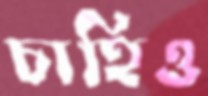
চাহিও